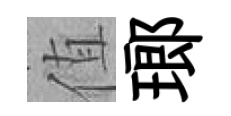
值瑯